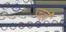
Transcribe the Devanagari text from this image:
जहा॑